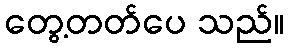
တွေ့တတ်ပေ သည်။